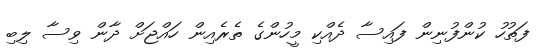
ފަތުހު ކުންފުނިން ފައިސާ ދެއްކި މީހުންގެ ތެރެއިން ހައްޖަށް ދާން ވިސާ ލިބި